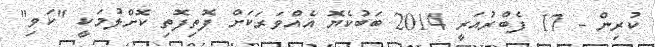
ކުރިން - 17 ފެބްރުއަރީ 2014 ބަބުކެޔޮ އެއްވަރަކަށް ފޮތިފޮތި ކޮށްލުމަކީ "ކަވި"